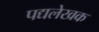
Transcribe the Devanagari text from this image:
पद्यलेखक